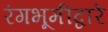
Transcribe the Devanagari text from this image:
रंगभूमीद्वारे